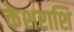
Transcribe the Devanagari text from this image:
केशराशि